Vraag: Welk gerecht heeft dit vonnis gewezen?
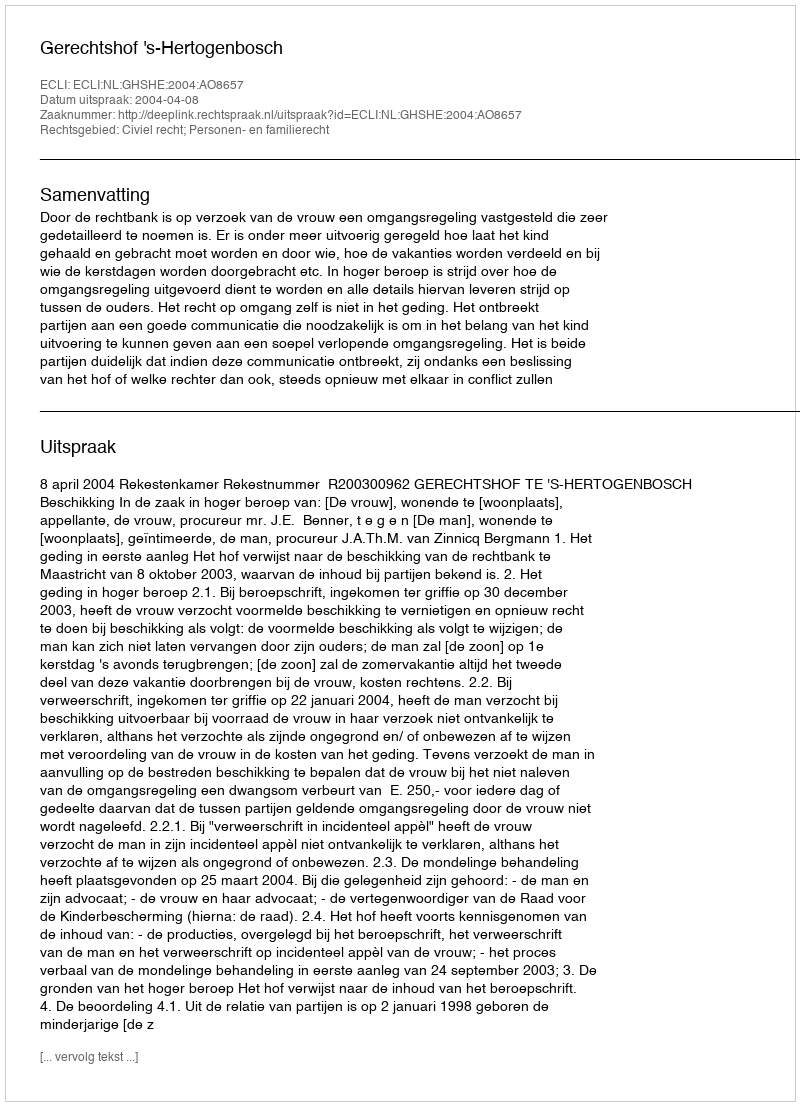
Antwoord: Gerechtshof 's-Hertogenbosch